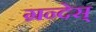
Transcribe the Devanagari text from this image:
ग्रन्देस्